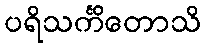
ပရိသင်္ကိတောသိ